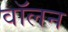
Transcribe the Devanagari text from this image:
वॉलन